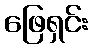
ဖြေရှင်း